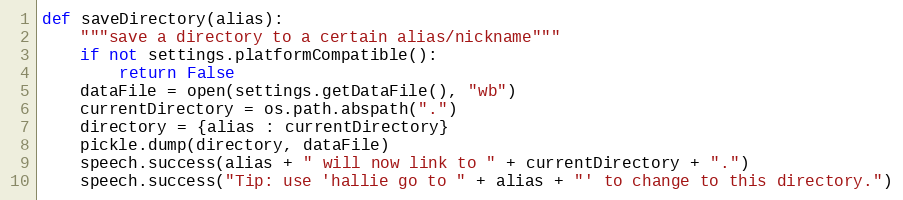
Language: Python
def saveDirectory(alias):
	"""save a directory to a certain alias/nickname"""
	if not settings.platformCompatible():
		return False
	dataFile = open(settings.getDataFile(), "wb")
	currentDirectory = os.path.abspath(".")
	directory = {alias : currentDirectory}
	pickle.dump(directory, dataFile)
	speech.success(alias + " will now link to " + currentDirectory + ".")
	speech.success("Tip: use 'hallie go to " + alias + "' to change to this directory.")